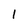
Character: l